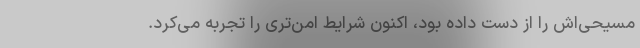
مسیحی‌اش را از دست داده بود، اکنون شرایط امن‌تری را تجربه می‌کرد.